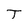
Character: T